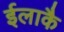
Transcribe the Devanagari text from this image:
ईलाकै